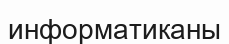
информатиканы